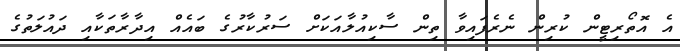
އެ އޮތޯރިޓީން ކުރިން ނެރެފައިވާ ތިން ސާކިއުލާއަކަށް ސަރުކާރުގެ ބައެއް އިދާރާތަކާއި ދައުލަތުގެ